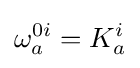
\omega _{a}^{0i}=K_{a}^{i}